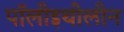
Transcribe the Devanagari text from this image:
पॉलीइथीलीन